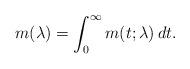
LaTeX: \begin{align*} m(\lambda) = \int_0^\infty m(t; \lambda) \, dt. \end{align*}